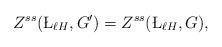
LaTeX: \begin{align*}Z^{ss}({\L_{\ell H}, G'})=Z^{ss}(\L_{\ell H}, G),\end{align*}